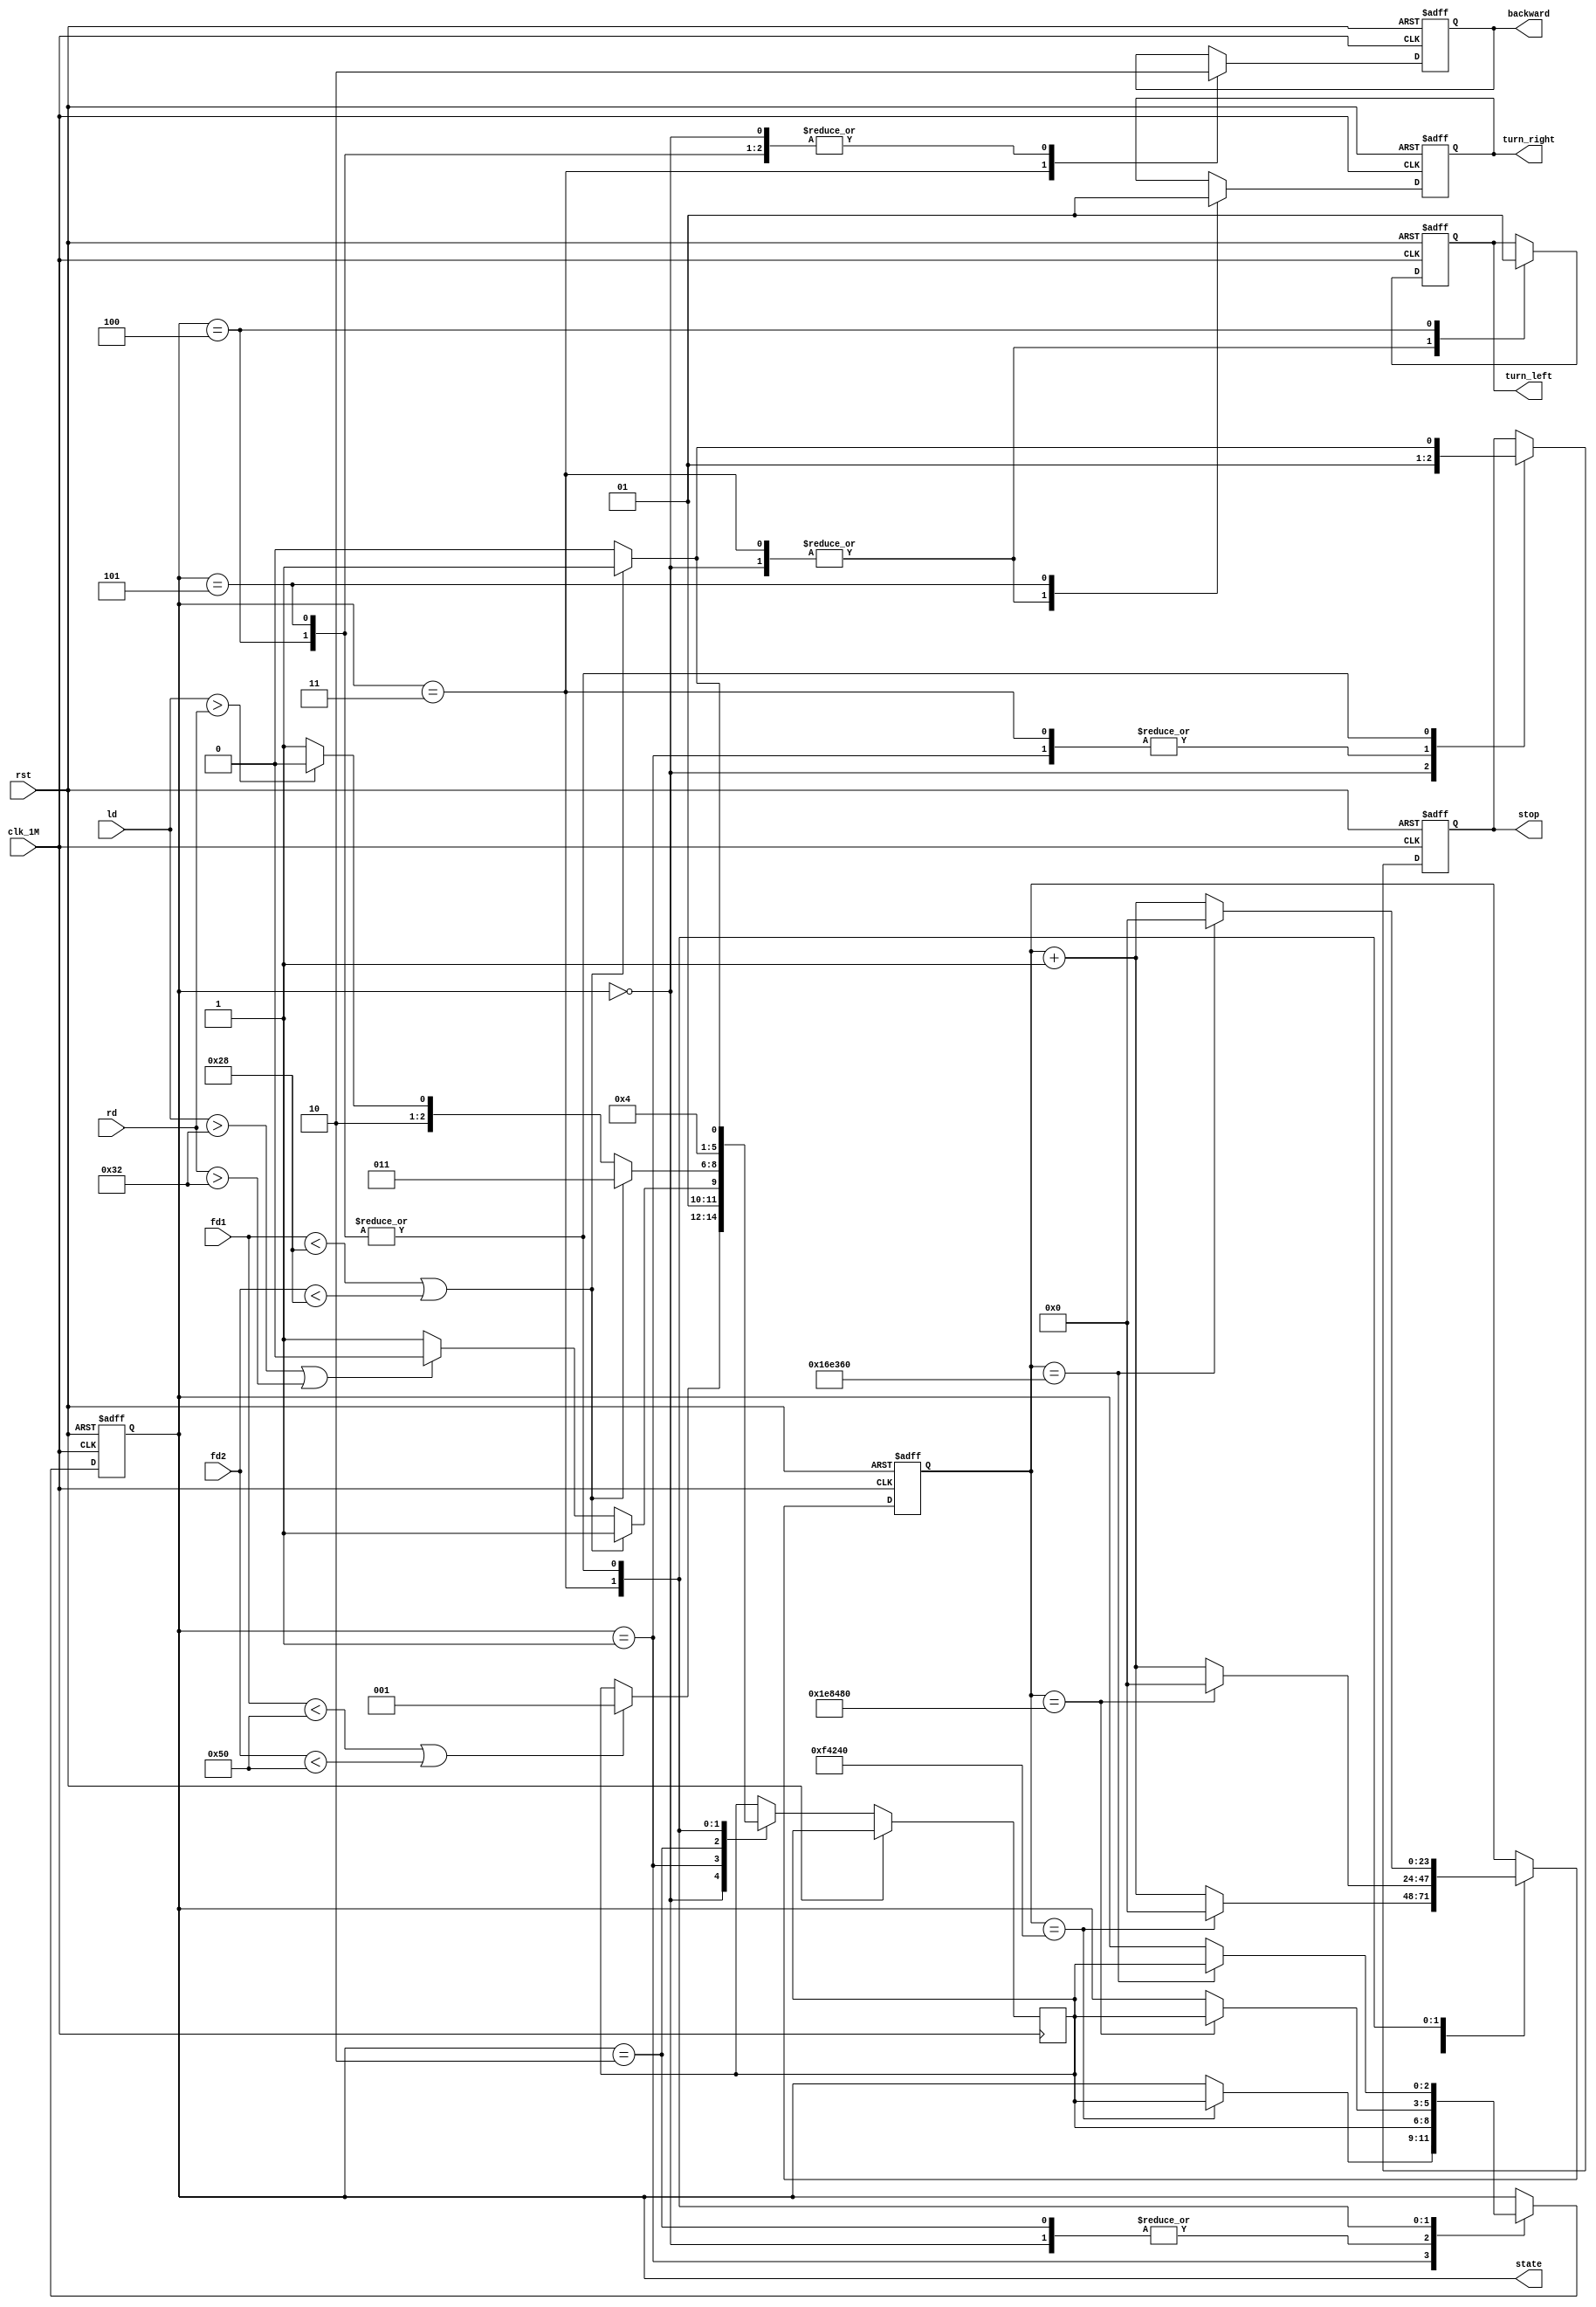
`timescale 1ns / 1ps
//////////////////////////////////////////////////////////////////////////////////
// Company: 
// Engineer: 
// 
// Design Name: 
// Module Name:    turn 
// Project Name: 
// Target Devices: 
// Tool versions: 
// Description: 
//
// Dependencies: 
//
// Revision: 
// Revision 0.01 - File Created
// Additional Comments: 
//
//////////////////////////////////////////////////////////////////////////////////
module turn(
	input [11:0] fd1,
	input [11:0] fd2,
	input [11:0] ld,
	input [11:0] rd,
	input clk_1M,
	input rst,
	output reg stop,
	output reg backward,
	output reg turn_left,
	output reg turn_right,
	output reg [2:0] state
    );
reg [2:0] nextstate;	 
reg [23:0] count;
parameter frontTh = 80, sideTh =50, backTh = 40;
always @(posedge clk_1M, posedge rst)
begin
	if(rst == 1)
	begin
		stop <= 0;
		backward <= 0;
		turn_left <= 0;
		turn_right <=0;
	end
	else
	begin
		case(state)
			3'b000://running
				begin
				stop <= 0;//go = 1;
				backward <= 0;
				turn_left <= 0;
				turn_right <=0;
				if(fd1<frontTh||fd2<frontTh)
					nextstate<=3'b01;
				end
			3'b001://stop
				begin
				stop <= 1;
				backward<=0;
				if(fd1<backTh||fd2<backTh)
				    begin
				    nextstate <= 3'b011;
				    end
				else begin
				    if(ld>sideTh||rd>sideTh)
		  			    nextstate <= 3'b010;
	   			    else//ld<sideTh && rd<sideTh
    					nextstate <= 3'b011;
				    end
				end
			3'b010://turning
				begin
				if(fd1<backTh||fd2<backTh)
				    begin
				    nextstate<=3'b011;
				    end
				else begin
				    if(ld>rd)
				        begin
					   nextstate<=3'b100;
					   end
				    else//rd>=ld
				        begin
					   nextstate<=3'b101;
					   end
				    end
				end
			3'b011://back
				begin
				backward<=1;
				stop<=1;
				turn_left <= 0;
				turn_right <=0;
				nextstate<=3'b001;
				end
			3'b100://turn left
				begin
				turn_left <=1;
				stop<=0;
				backward<=0;
				nextstate<=3'b000;
				if(fd1<backTh||fd2<backTh)
				    begin
                    stop <=1;
                    nextstate <= 3'b001;
                    end
				end
			3'b101://turn right
				begin
				turn_right <=1;
				stop<=0;
				backward<=0;
				nextstate<=3'b000;
				if(fd1<backTh||fd2<backTh)
				    begin
                    stop <=1;
                    nextstate <= 3'b001;
                    end
                end
		endcase
	end
end

always@(posedge clk_1M,posedge rst)
begin
	if(rst==1)
	begin
		state<=0;
		count<=0;
	end
	else
	begin
		case(state)
			3'b000:state<=nextstate;//running
			3'b001://stop
				begin
				if(count==1000_000)//1000_000=1s
				begin
					state<=nextstate;
					count<=0;
				end
				else
					count<=count+1;
				end
			3'b010:state<=nextstate;//turnning check
			3'b011://back 2s
				begin
				if(count==2000_000)//1000_000=1s
				begin
					state<=nextstate;
					count<=0;
				end
				else
					count<=count+1;
				end
			3'b100://turn left 2s
				begin
				if(count==1500_000)//1000_000=1s
				begin
					state<=nextstate;
					count<=0;
				end
				else
					count<=count+1;
				end
			3'b101://turn right 2s
				begin
				if(count==1500_000)//1000_000=1s
				begin
					state<=nextstate;
					count<=0;
				end
				else
					count<=count+1;
				end
		endcase
	end
end
endmodule
/*

	begin
		if((fd1<frontTh||fd2<frontTh)
			begin
			stop=1;
			if(rd>ld)
				begin
				if(rd>sideTh)
					trun_right=1;
				else//rd<sideTh
					backward=1;
				end
			else//ld>rd
				begin
				if(ld>sideTh)
					turn_left=1;
				else
					backward=0;
				end
			end
	end
*/